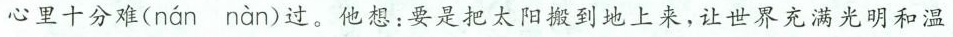
心里十分难( nán nàn )过。他想：要是把太阳搬到地上来，让世界充满光明和温